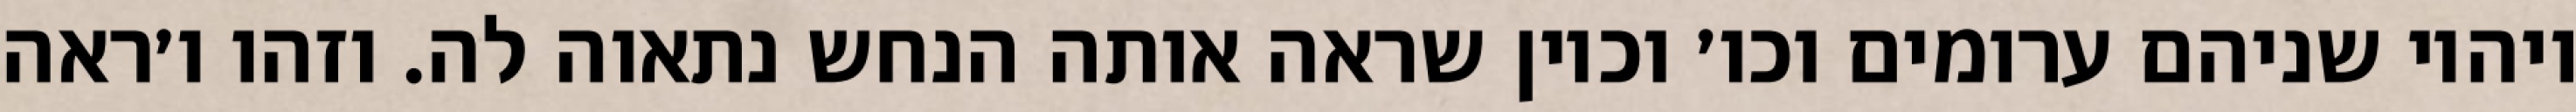
ויהיו שניהם ערומים וכו׳ וכיון שראה אותה הנחש נתאוה לה. וזהו ו׳ראה